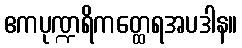
ဧကပုဏ္ဍရိကတ္ထေရအပဒါန။